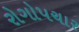
રોગોપચાર